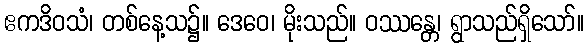
ဧကဒိဝသံ၊ တစ်နေ့သ၌။ ဒေဝေ၊ မိုးသည်။ ဝဿန္တေ၊ ရွာသည်ရှိသော်။